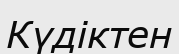
Күдіктен